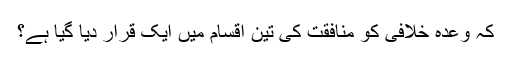
کہ وعدہ خلافی کو منافقت کی تین اقسام میں ایک قرار دیا گیا ہے؟